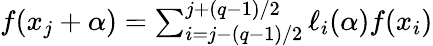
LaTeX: \begin{array}{r}{f(x_{j}+\alpha)=\sum_{i=j-(q-1)/2}^{j+(q-1)/2}\ell_{i}(\alpha)f(x_{i})}\end{array}